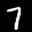
Label: 7